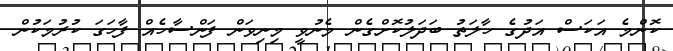
ކޮންމެ އަކަސް އަދުގެ ހާލަތު ބަދަލުކޮށްގެން މެނުވީ މިނިވަން ފަންސާހެއް ފާހަގަ ކުރުމަކުން